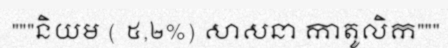
"""និយម ( ៥,២%) សាសនា កាតូលិក"""